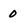
Character: 0